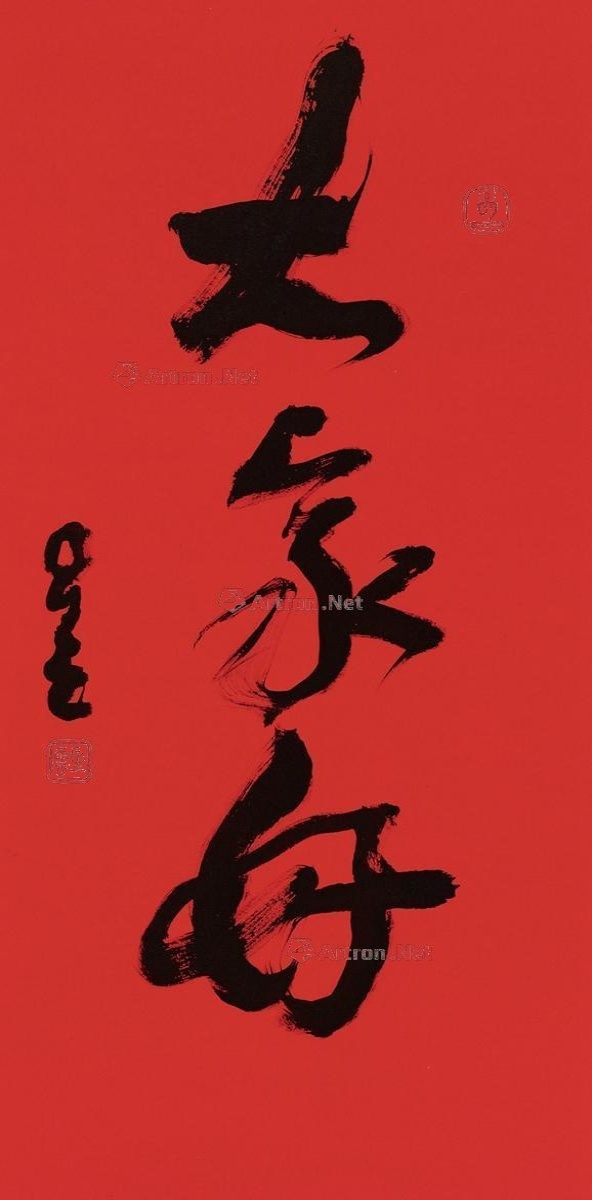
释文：大家好。星云。